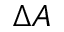
\Delta A